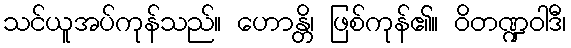
သင်ယူအပ်ကုန်သည်။ ဟောန္တိ၊ ဖြစ်ကုန်၏။ ဝိတဏ္ဍဝါဒီ၊